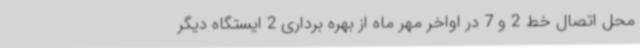
محل اتصال خط 2 و 7 در اواخر مهر ماه از بهره برداری 2 ایستگاه دیگر